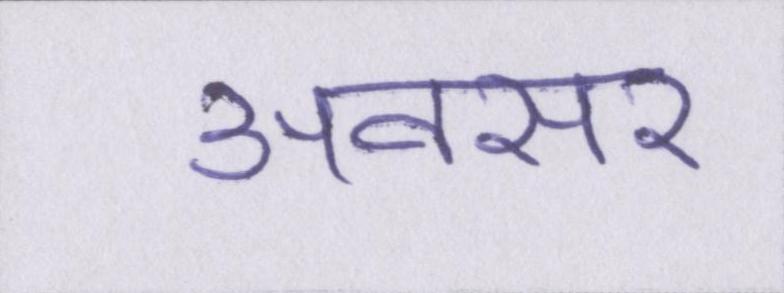
अवसर